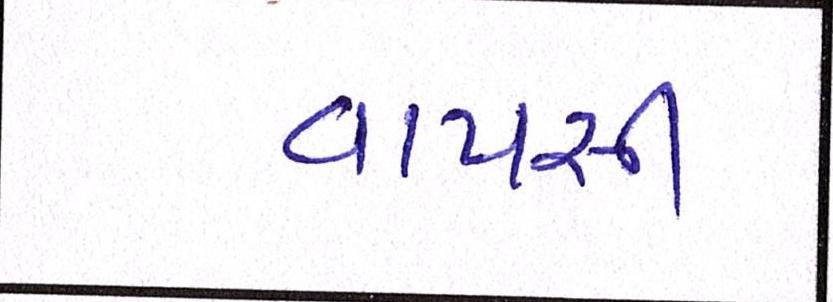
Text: વાપસી